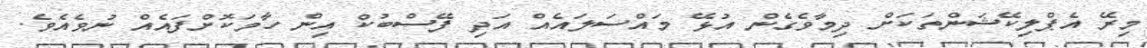
މިރޭ އެޕްލިކޭޝަންތަކަށް ދިމާވެގެން އުޅޭ މައްސަލައެއް އަދި ފޭސްބުކް އިން ހާމަކޮށްފައެއް ނުވެއެވެ.